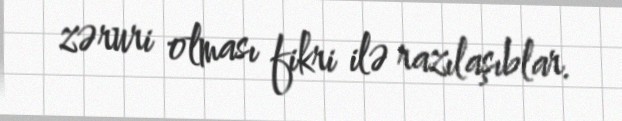
zəruri olması fikri ilə razılaşıblar.